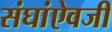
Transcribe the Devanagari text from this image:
संघांऐवजी